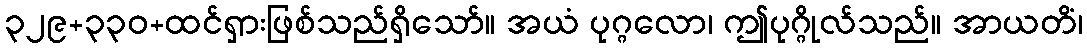
၃၂၉+၃၃၀+ထင်ရှားဖြစ်သည်ရှိသော်။ အယံ ပုဂ္ဂလော၊ ဤပုဂ္ဂိုလ်သည်။ အာယတိံ၊